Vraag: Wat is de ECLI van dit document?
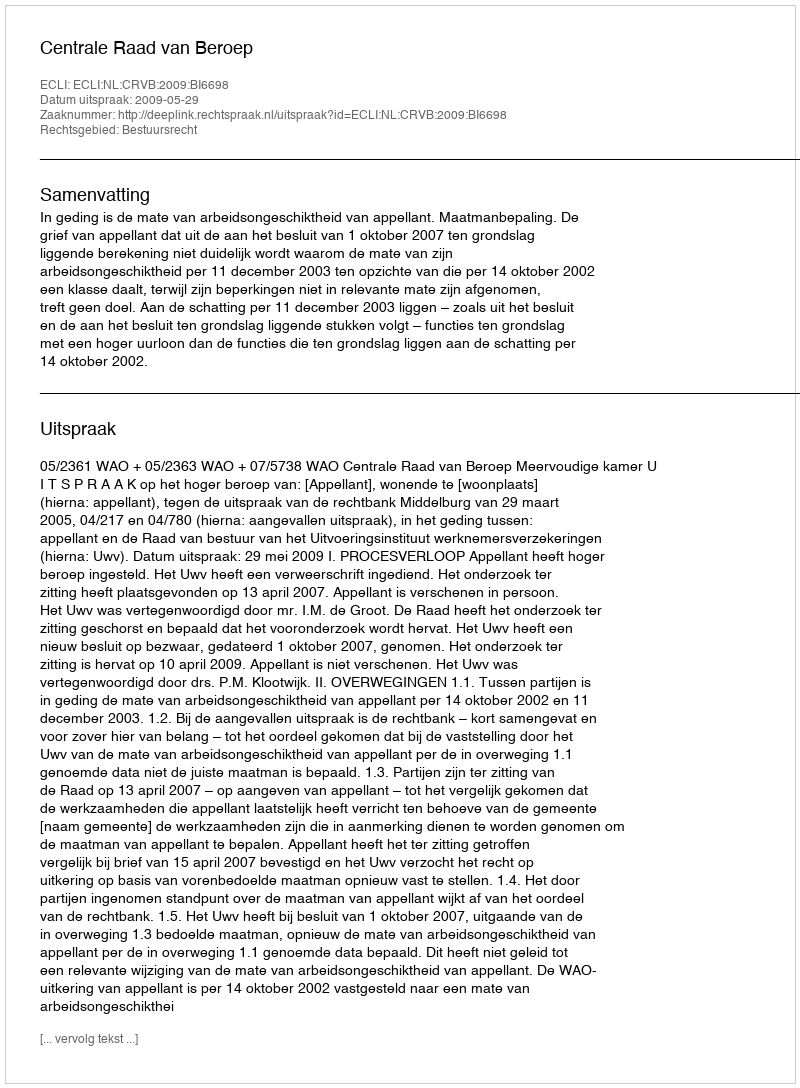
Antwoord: ECLI:NL:CRVB:2009:BI6698